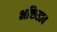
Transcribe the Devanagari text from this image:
भक्तिस्तव